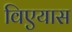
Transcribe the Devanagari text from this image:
विएयास